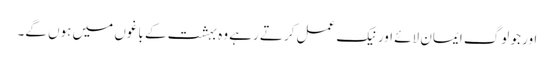
اور جو لوگ ایمان لائے اور نیک عمل کرتے رہے وہ بہشت کے باغوں میں ہوں گے۔